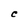
Character: C